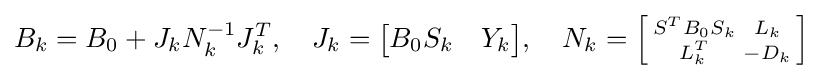
B_{k}=B_{0}+J_{k}N_{k}^{-1}J_{k}^{T},\quad J_{k}={\begin{bmatrix}B_{0}S_{k}&Y_{k}\end{bmatrix}},\quad N_{k}=\left[{\begin{smallmatrix}S^{T}B_{0}S_{k}&L_{k}\\L_{k}^{T}&-D_{k}\end{smallmatrix}}\right]